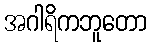
အဂါရိကဘူတော